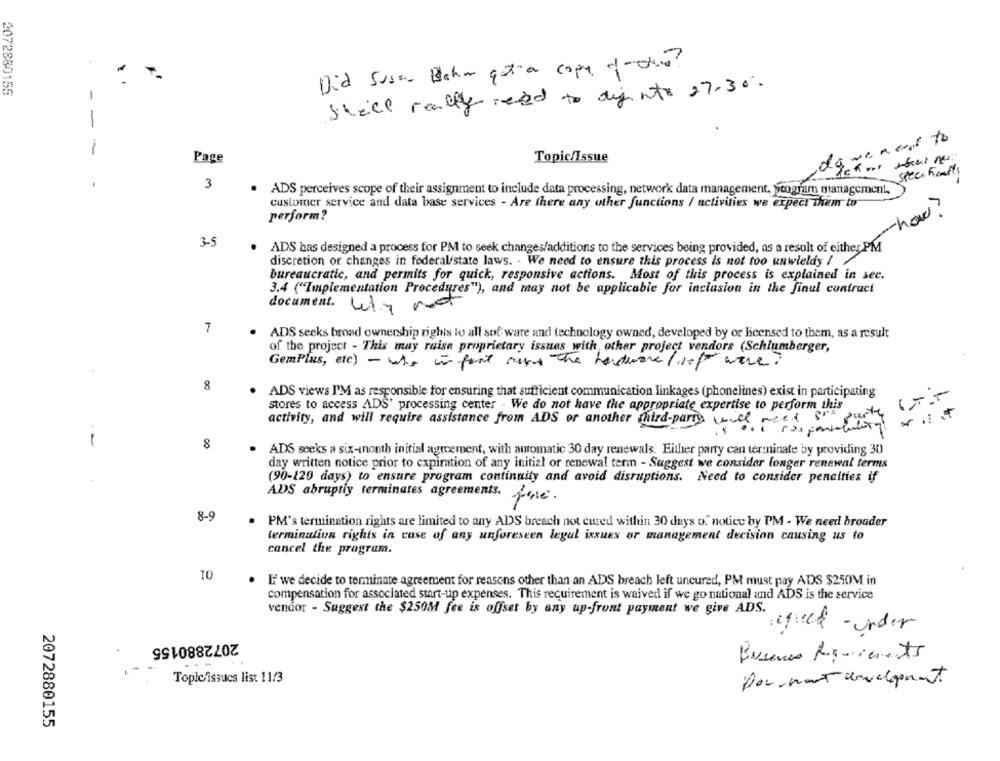
Did Susan Bahar got a copa dicho?
2072880155
Skill really need to diginto 27.30.
-
-
weneed to
-
Page
Topic/Issue
Spec. hearts
3
ADS perceives scope of their assignment to include data processing, network data management, scogram management,
customer service and data base services - Are there any other functions / activities we expect them to
-how?
perform?
3-5
ADS has designed a process for PM to seek changes/additions to the services being provided, as a result of either PM
discretion or changes in federal/state laws. . We need to ensure this process is not too unwieldy / /
bureaucratic, and permits for quick, responsive actions. Most of this process is explained in sec.
3.4 ("Implementation Procedures"), and may not be applicable for inclusion in the finul contract
document. why not
7
ADS seeks broad ownership rights to all sof ware and technology owned, developed by or licensed to them, as a result
of the project - This may raise proprietary issues with other project vendors (Schlumberger,
Gemplus, etc) - who in fact makes the hardware( se) were?
8
ADS views I'M as responsible for ensuring that sufficient communication linkages (phonelines) exist in participating
stores to access ADS' processing center - We do not have the appropriate expertise to perform this
activity, and will require assistance from ADS or another third-party will need Bra
box-
-
8
ADS seeks a six-inonth initial agreement, with automatic 30 day renewals. Either party can terminate by providing 30
day written notice prior to expiration of any initial or renewal term - Suggest we consider longer renewal terms
(90-120 days) to ensure program continuity and avoid disruptions. Need to consider penalties if
ADS abruptly terminates agreements.
fase.
8-9
PM's termination rights are limited to any ADS breach not cured within 30 days of notice by PM - We need broader
terminulion rights in case of any unforeseen legal issues or management decision causing us to
cancel the program.
10
IF we decide to terminate agreement for reasons other than an ADS breach left uncured, PM must pay ADS $250M in
compensation for associated start-up expenses. This requirement is waived if we go national and ADS is the service
vendor - Suggest the $250M fee is offset by any up-front payment we give ADS.
:efect -under
2072880155
---
Bassano Requirements
Topic/issues list 11/3
Por mant development
2072880155